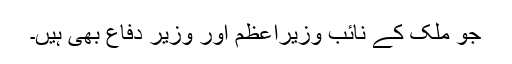
جو ملک کے نائب وزیراعظم اور وزیر دفاع بھی ہیں۔